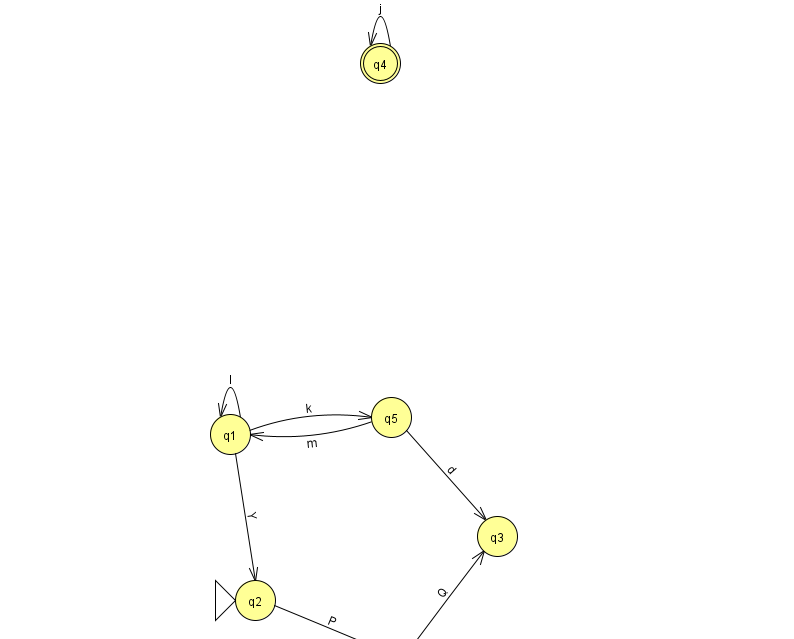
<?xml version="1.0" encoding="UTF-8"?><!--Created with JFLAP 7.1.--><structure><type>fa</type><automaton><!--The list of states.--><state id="0" name="q0"><x>404.0</x><y>648.0</y><final/></state><state id="1" name="q1"><x>230.0</x><y>421.0</y></state><state id="2" name="q2"><x>255.0</x><y>587.0</y><initial/></state><state id="3" name="q3"><x>497.0</x><y>523.0</y></state><state id="4" name="q4"><x>380.0</x><y>50.0</y><final/></state><state id="5" name="q5"><x>391.0</x><y>404.0</y></state><!--The list of transitions.--><transition><from>5</from><to>1</to><read>m</read></transition><transition><from>2</from><to>0</to><read>P</read></transition><transition><from>1</from><to>2</to><read>Y</read></transition><transition><from>1</from><to>5</to><read>k</read></transition><transition><from>0</from><to>3</to><read>Q</read></transition><transition><from>4</from><to>4</to><read>j</read></transition><transition><from>5</from><to>3</to><read>d</read></transition><transition><from>1</from><to>1</to><read>l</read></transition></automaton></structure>